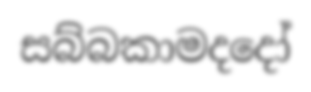
සබ්බකාමදදෝ